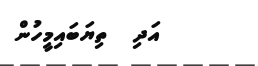
އަދި  ތިޔަބައިމީހުން